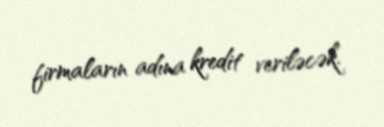
firmaların adına kredit veriləcək.